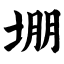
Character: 堋